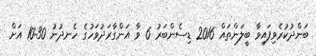
ބަންދުކުރެވިފައިވާ ބީލަންތައް 2016 ޑިސެންބަރު 6 ވާ އަންގާރަދުވަހުގެ ހެނދުނު 10:30 އަށް